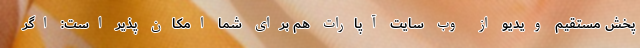
پخش مستقیم ویدیو از وب ‌سایت آپارات هم برای شما امکان پذیر است: اگر